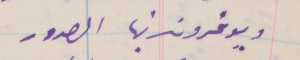
ويوغرونها في الصدور